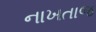
નાખતાજ